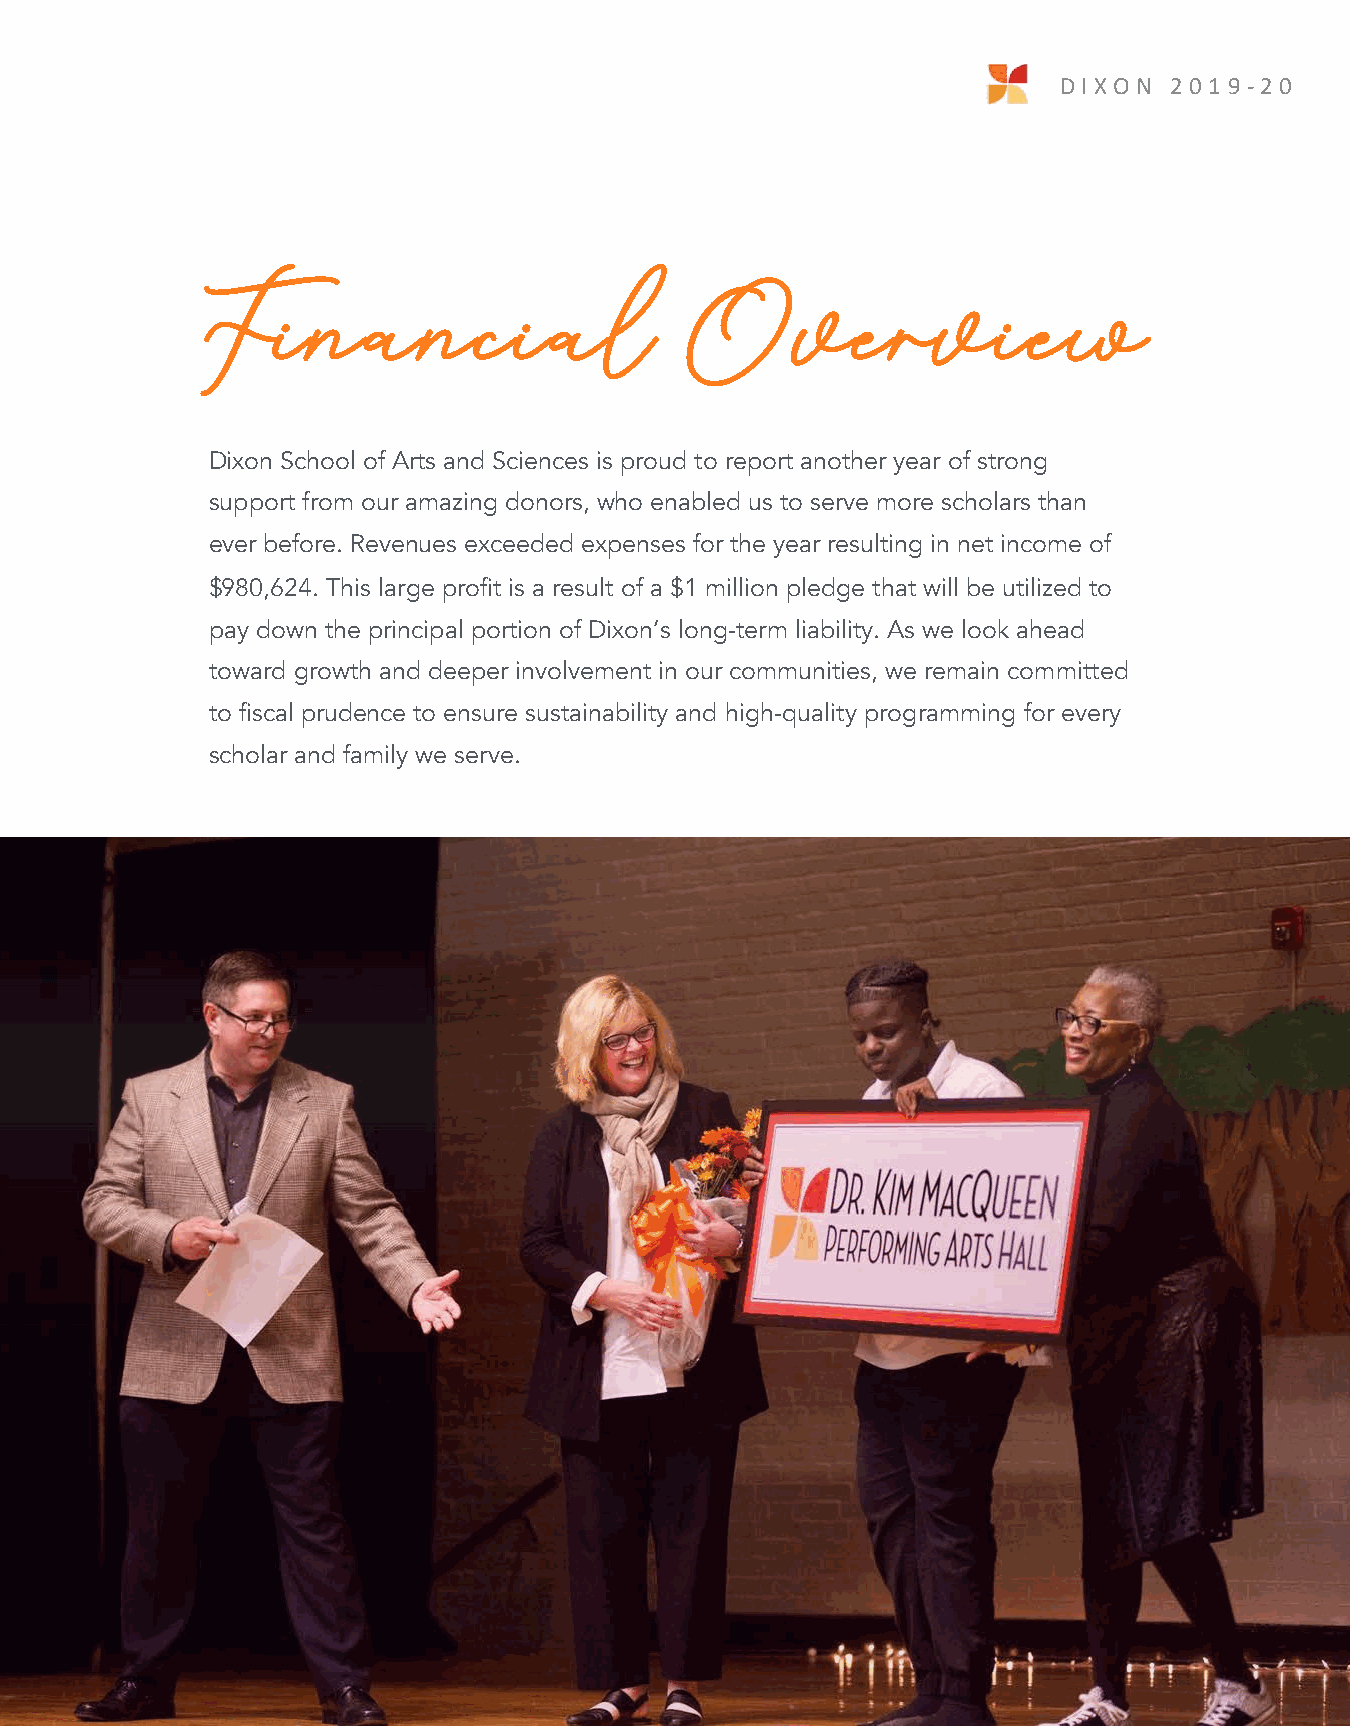
DIX O N 2 0 1 9 -2 0
 18
 Financial                       Overview
 Dixon School of Arts and Sciences is proud to report another year of strong
 support from our amazing donors, who enabled us to serve more scholars than
 ever before. Revenues exceeded expenses for the year resulting in net income of
 $980,624. This large profit is a result of a $1 million pledge that will be utilized to
 pay down the principal portion of Dixon’s long-term liability. As we look ahead
 toward growth and deeper involvement in our communities, we remain committed
 to fiscal prudence to ensure sustainability and high-quality programming for every
 scholar and family we serve.